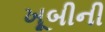
ખૂબીની